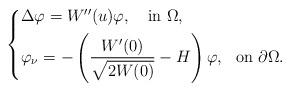
LaTeX: \begin{align*} \left\{\begin{aligned}&\Delta \varphi=W^{\prime\prime}(u)\varphi,\ \ \ \mbox{in}\ \Omega,\\&\varphi_\nu=-\left(\frac{W^\prime(0)}{\sqrt{2W(0)}}-H\right)\varphi,~~\mbox{on}~\partial\Omega. \end{aligned} \right.\end{align*}